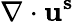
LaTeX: \nabla\cdot\mathbf{u^{s}}